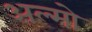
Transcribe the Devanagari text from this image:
अल्मो